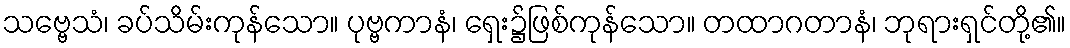
သဗ္ဗေသံ၊ ခပ်သိမ်းကုန်သော။ ပုဗ္ဗကာနံ၊ ရှေး၌ဖြစ်ကုန်သော။ တထာဂတာနံ၊ ဘုရားရှင်တို့၏။